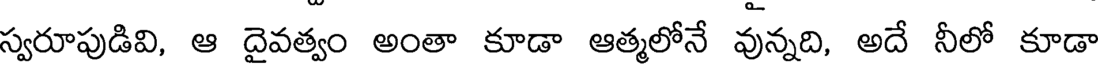
స్వరూపుడివి, ఆ దైవత్వం అంతా కూడా ఆత్మలోనే వున్నది, అదే నీలో కూడా